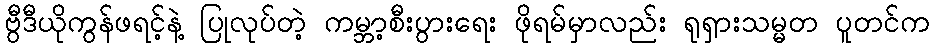
ဗွီဒီယိုကွန်ဖရင့်နဲ့ ပြုလုပ်တဲ့ ကမ္ဘာ့စီးပွားရေး ဖိုရမ်မှာလည်း ရုရှားသမ္မတ ပူတင်က